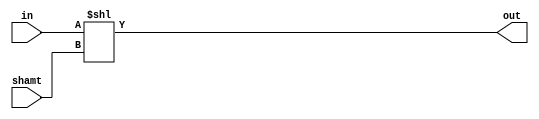
module LeftShift(
    input [31:0] in,
    input [4:0] shamt,
    output [31:0] out
);

    assign out = in << shamt;

endmodule